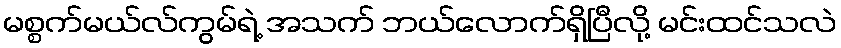
မစ္စက်မယ်လ်ကွမ်ရဲ့ အသက် ဘယ်လောက်ရှိပြီလို့ မင်းထင်သလဲ